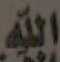
الله